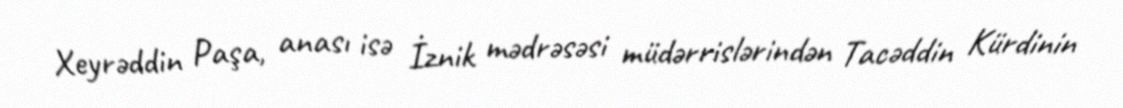
Xeyrəddin Paşa, anası isə İznik mədrəsəsi müdərrislərindən Tacəddin Kürdinin